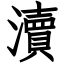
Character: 瀆